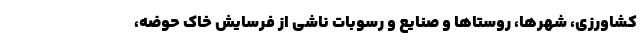
کشاورزی، شهرها، روستاها و صنایع و رسوبات ناشی از فرسایش خاک حوضه،